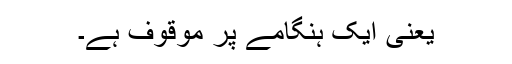
یعنی ایک ہنگامے پر موقوف ہے۔